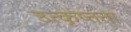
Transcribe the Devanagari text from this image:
उत्कृष्तता